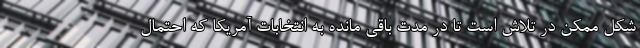
شکل ممکن در تلاش است تا در مدت باقی مانده به انتخابات آمریکا که احتمال